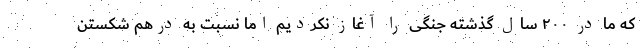
که ما در ۲۰۰ سال گذشته جنگی را آغاز نکردیم اما نسبت به درهم شکستن